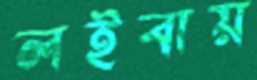
লইবায়